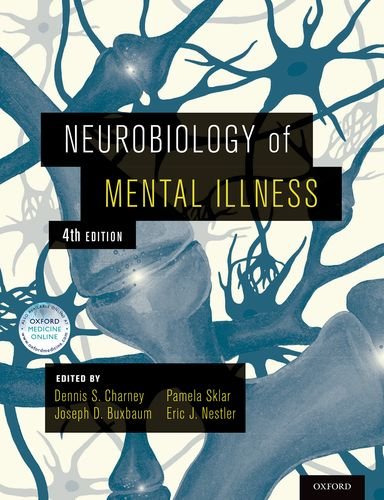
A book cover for Neurobiology of Mental Illness; Medical Books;